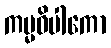
ကမ္မဝိပါကော